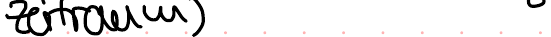
Zeitraum